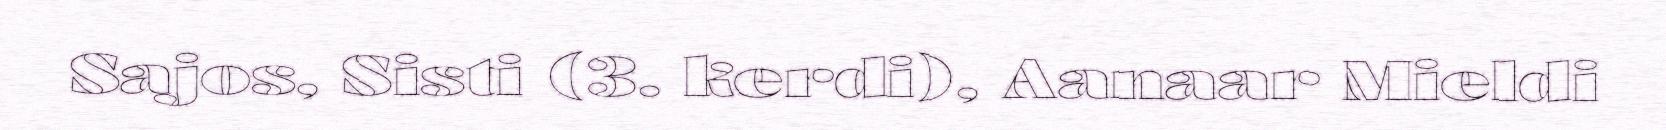
Sajos, Sisti (3. kerdi), Aanaar Mieldi